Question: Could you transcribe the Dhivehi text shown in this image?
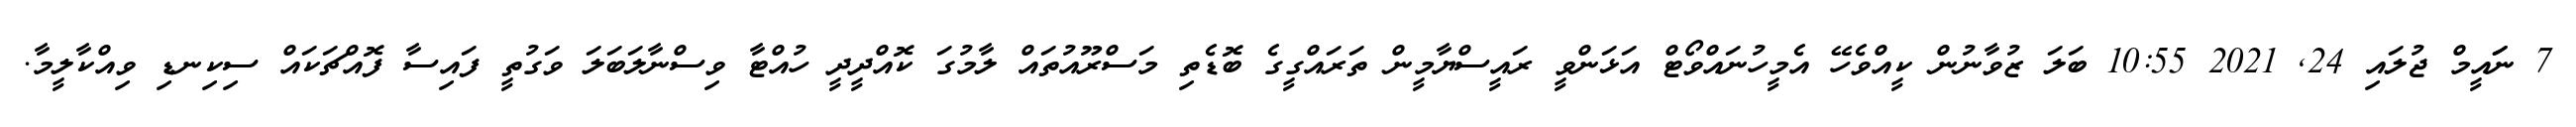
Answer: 7 ނަައީމް ޖުލައި 24, 2021 10:55 ބަލަ ޒުވާނުން ކީއްވެހޭ އެމީހުނައްވޯޓް އަޅަންވީ ރައީސްޔާމީން ތަރައްގީގެ ބޮޑެތި މަސްރޫއުތައް ލާމުގަ ކޮއްދީދީ ހުއްޓާ ވިސްނާލަބަލަ ވަގުތީ ފައިސާ ފޮއްޗަކައް ސިކިނޑި ވިއްކާލީމާ.